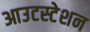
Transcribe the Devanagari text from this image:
आउटस्टेशन